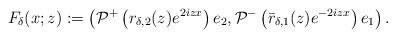
LaTeX: \begin{align*}F_{\delta}(x;z):=\left(\mathcal{P}^+\left(r_{\delta,2}(z) e^{2izx}\right)e_2, \mathcal{P}^-\left(\bar{r}_{\delta,1}(z) e^{-2izx}\right)e_1\right).\end{align*}